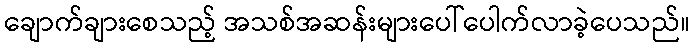
ချောက်ချားစေသည့် အသစ်အဆန်းများပေါ်ပေါက်လာခဲ့ပေသည်။